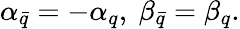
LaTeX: \alpha_{\bar{q}}=-\alpha_{q},\ \beta_{\bar{q}}=\beta_{q}.